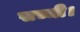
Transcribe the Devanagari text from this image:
सच्ची।